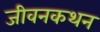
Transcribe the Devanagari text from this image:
जीवनकथन